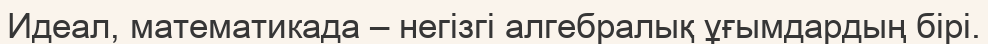
Идеал, математикада – негізгі алгебралық ұғымдардың бірі.